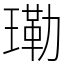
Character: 𤨕